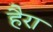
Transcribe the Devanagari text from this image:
हैरा